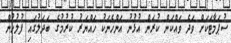
ސުޕަމާޓަކަށް ވަދެ ވައްކަން ކުރަން އުޅުނު އަންހެނަކު ހައްޔަރު ކުރުމުގެ ބަދަލުގައި ފުލުހުން